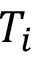
T _ { i }